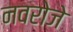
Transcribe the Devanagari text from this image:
नवरोजे